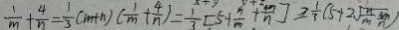
\frac { 1 } { m } + \frac { 4 } { n } = \frac { 1 } { 3 } ( m + n ) ( \frac { 1 } { m } + \frac { 4 } { n } ) = \frac { 1 } { 3 } [ 5 + \frac { n } { m } + \frac { 4 n } { n } ] \geq \frac { 1 } { 3 } ( 5 + 2 \sqrt { \frac { n } { m } \frac { 4 m } { n } } )